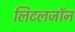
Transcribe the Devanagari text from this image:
लिटलजॉन